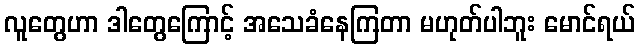
လူတွေဟာ ဒါတွေကြောင့် အသေခံနေကြတာ မဟုတ်ပါဘူး မောင်ရယ်